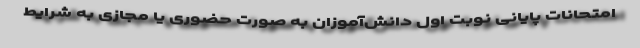
امتحانات پایانی نوبت اول دانش‌آموزان به صورت حضوری یا مجازی به شرایط